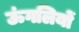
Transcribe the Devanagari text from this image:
ऊंगलियों